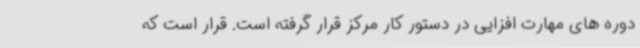
دوره های مهارت افزایی در دستور کار مرکز قرار گرفته است. قرار است که